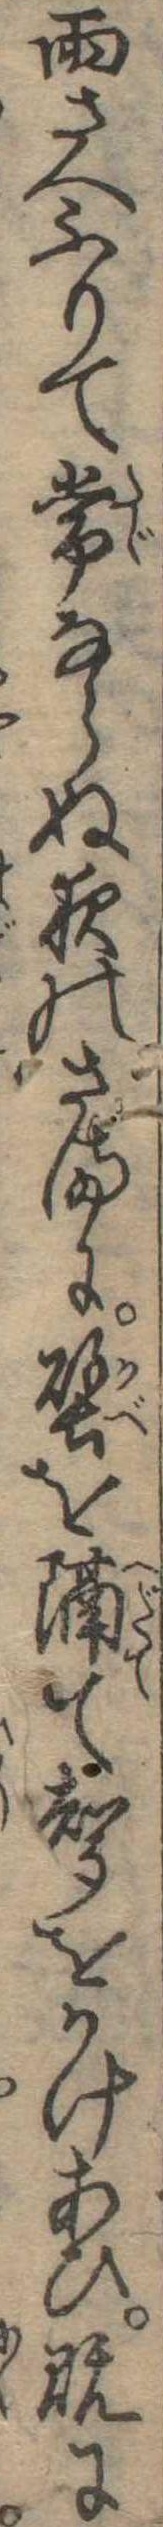
雨さへふりて常ならぬ夜のさまに壁を隔て声をかけあひ既に